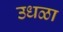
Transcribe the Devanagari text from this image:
उधळा